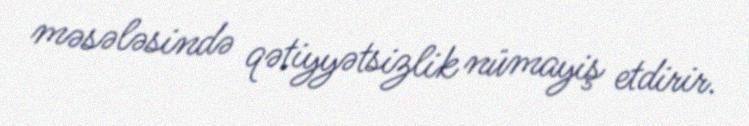
məsələsində qətiyyətsizlik nümayiş etdirir.